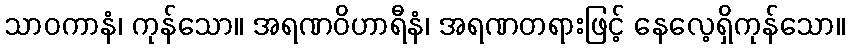
သာဝကာနံ၊ ကုန်သော။ အရဏဝိဟာရီနံ၊ အရဏတရားဖြင့် နေလေ့ရှိကုန်သော။